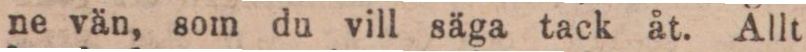
ne vän, som du vill säga tack åt. Allt